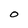
Character: O